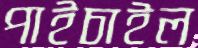
পাইচাইল